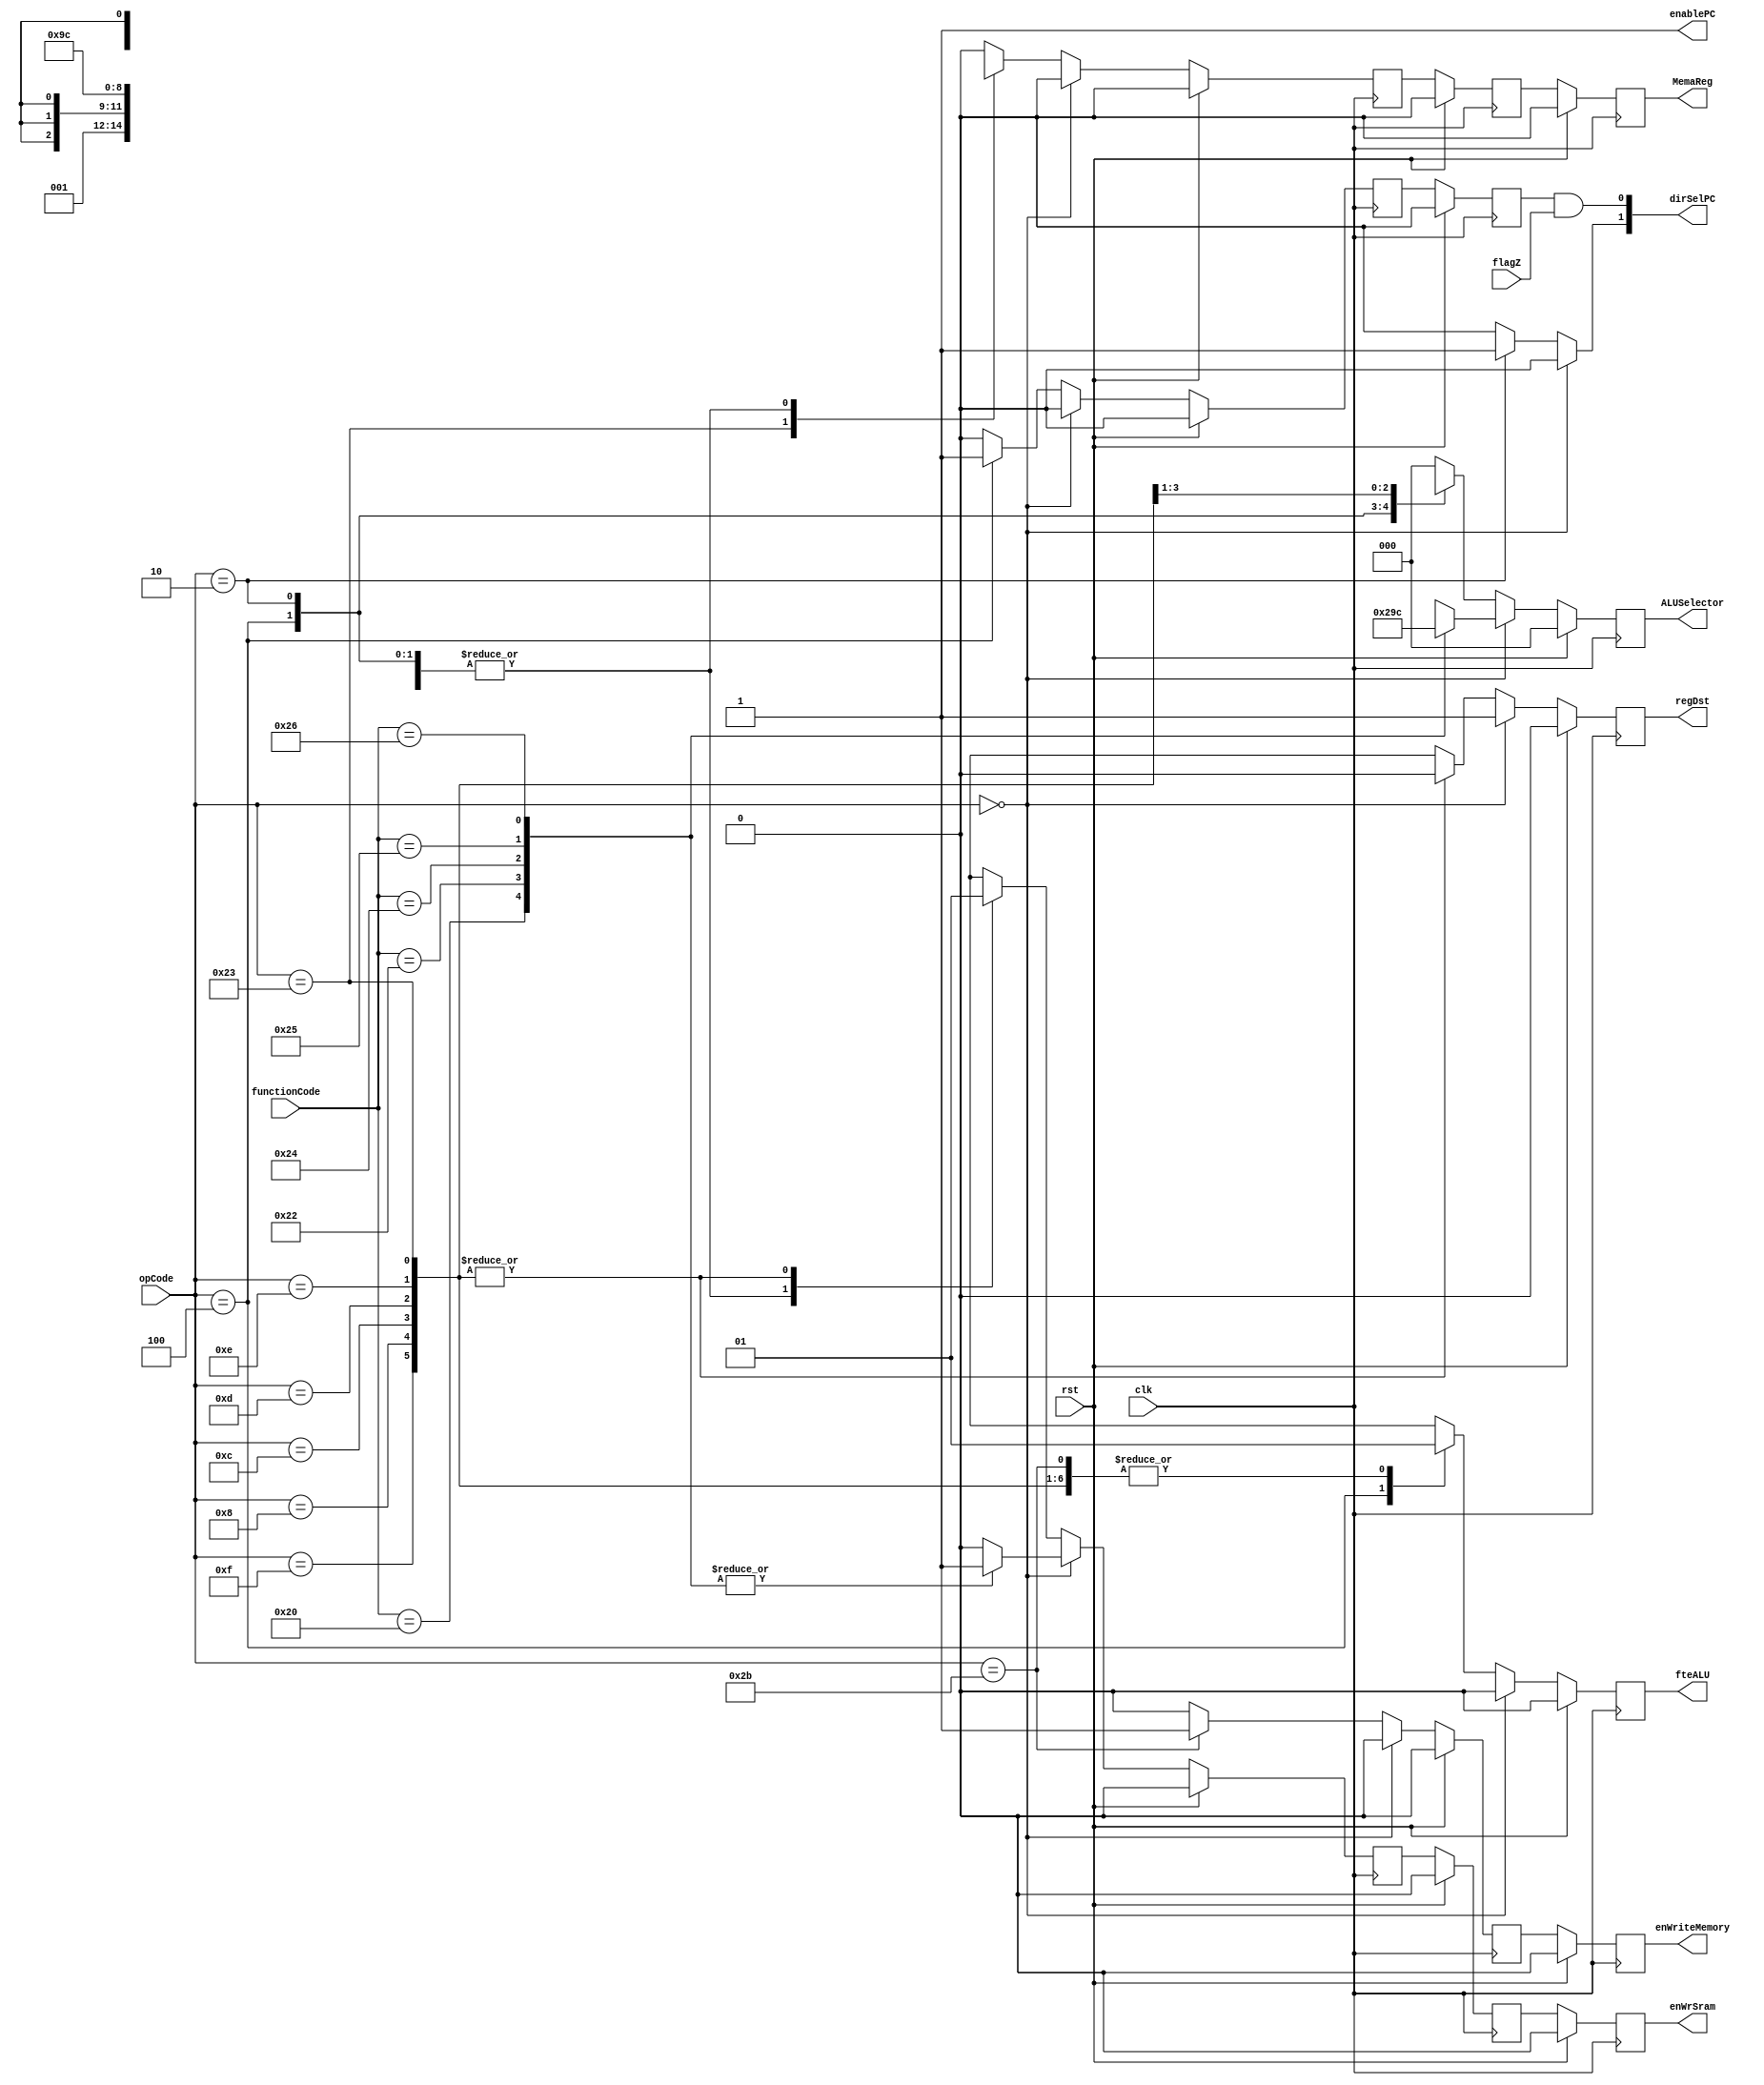
// Wilfer Daniel Ciro Maya - 2023

module control_path(opCode, functionCode, MemaReg, enWrSram, ALUSelector, enWriteMemory, enablePC, fteALU, clk, rst, regDst, flagZ, dirSelPC);
	// parameters definitions
	parameter BUS_SIZE = 32;
	parameter DIR_SIZE = 32;
	parameter OPC_SIZE = BUS_SIZE;
	
	// Inputs definitions
	input [6 - 1 : 0] opCode;
	input [6 - 1 : 0] functionCode;
	input clk;
	input rst;
	input flagZ;
	
	
	// Outputs definitions
	output reg MemaReg;
	output reg enWrSram;
	output reg [2 : 0] ALUSelector;
	output reg fteALU;
	output reg enWriteMemory;
	output reg enablePC;
	output reg regDst;
	output [1:0] dirSelPC;	
	
	reg branch_src;
	reg branch_A;
	reg branch_B;
	reg jump;
	
	
	// Registers for pipeline
	reg regDst_src;
	reg [2 : 0] ALUSelector_src;
	reg fteALU_src;
	
	reg enWriteMemory_src; 
	reg enWriteMemory_A;
	
	reg MemaReg_src;
	reg MemaReg_A;
	reg MemaReg_B;
	
	reg enWrSram_src;
	reg enWrSram_A;
	reg enWrSram_B;
	
	always @(posedge clk) begin
	   if (rst) begin
	       regDst = 1'b0;
	       ALUSelector = 3'b000;
	       fteALU = 1'b0;
	       branch_A <= 1'b0;
	       branch_B <= 1'b0;
	       
	       enWriteMemory_A <= 1'b0;
	       enWriteMemory <= 1'b0;
	       
	       MemaReg_A <= 1'b0;
	       MemaReg_B <= 1'b0;
	       MemaReg <= 1'b0;
	       
	       enWrSram <= 1'b0;
	       enWrSram_A <= 1'b0;
	       enWrSram_B <= 1'b0;
	   end else begin
	       regDst = regDst_src;
	       fteALU = fteALU_src;
	       ALUSelector = ALUSelector_src;
	       branch_A <= branch_src;
	       branch_B <= branch_A;
	       
	       enWriteMemory_A <= enWriteMemory_src;
	       enWriteMemory <= enWriteMemory_A;
	       	       
	       MemaReg_A <= MemaReg_src;
	       MemaReg_B <= MemaReg_A;
	       MemaReg <= MemaReg_B;
	       
	       enWrSram_A <= enWrSram_src;
	       enWrSram_B <= enWrSram_A;
	       enWrSram <= enWrSram_B;
	   end
	end
	
	assign dirSelPC = {jump, branch_B & flagZ};
	
	always @(opCode, functionCode)
	begin
		MemaReg_src = 1'b0;
		enWrSram_src = 1'b0;
		ALUSelector_src = 3'b000;
		enWriteMemory_src = 1'b0;
		
		branch_src = 1'b0;
		jump = 1'b0;
		
		enablePC = 1'b1;
		fteALU_src = 1'b0;
		regDst_src = 1'b0;		
		
		if (opCode == 6'b0) begin
			regDst_src = 1'b1;
			case (functionCode)
				6'b100000: begin // ADD 
					ALUSelector_src = 3'b000;
                    enWrSram_src = 1'b1;
                end
				6'b100010: begin // SUB
					ALUSelector_src = 3'b001;
                    enWrSram_src = 1'b1;
                end
				6'b100100: begin// AND
					ALUSelector_src = 3'b010;
                    enWrSram_src = 1'b1;
                end
				6'b100101: begin// OR
					ALUSelector_src = 3'b011;
                    enWrSram_src = 1'b1;
                end
				6'b100110: begin// XOR
					ALUSelector_src = 3'b100;
                    enWrSram_src = 1'b1;
                end
				6'b000000: begin// Other
					ALUSelector_src = 3'bxxx;
			     end
				default: begin
					ALUSelector_src = 3'bxxx;
					enWrSram_src = 1'b0;
                end
			endcase
		end
		else begin
			case(opCode)
				6'b100011: begin // lw 35
					enWrSram_src = 1'b1;	
					fteALU_src = 1'b1;
					MemaReg_src = 1'b1;
				end
				6'b101011: begin // sw 43
					fteALU_src = 1'b1;
					enWriteMemory_src = 1'b1;
					
					regDst_src = 1'bx;
					MemaReg_src = 1'bx;
				end
				6'b000100: begin // beq		4			
					branch_src = 1'b1;
					ALUSelector_src = 3'b001;
					
					regDst_src = 1'bx;	
					MemaReg_src = 1'bx;
				end
				6'b000010: begin // jump 2
					jump = 1'b1;
					regDst_src = 1'bx;
					fteALU_src = 1'bx;
					branch_src = 1'b0;	
					MemaReg_src = 1'bx;
					ALUSelector_src = 3'bxxx;
				end
				6'b001111: begin // LUI 15
					regDst_src = 1'b0;
					fteALU_src = 1'b1;
					enWrSram_src = 1'b1;
				end
				6'b001000: begin // ADDI 8
				    fteALU_src = 1'b1;
					ALUSelector_src = 3'b000;
					enWrSram_src = 1'b1;
					regDst_src = 1'b0;
				end
				6'b001100: begin // ANDI 12
				    fteALU_src = 1'b1;
					ALUSelector_src = 3'b010;	
					enWrSram_src = 1'b1;
					regDst_src = 1'b0;
				end
				6'b001101: begin // ORI 13
				    fteALU_src = 1'b1;
					ALUSelector_src = 3'b011;
					enWrSram_src = 1'b1;
					regDst_src = 1'b0; 
				end
				6'b001110: begin // XORI
				    fteALU_src = 1'b1;
					ALUSelector_src = 3'b100;	
					enWrSram_src = 1'b1;
					regDst_src = 1'b0;
				end
				default: begin
					enWrSram_src = 1'bx;
					regDst_src = 1'bx;
					fteALU_src = 1'bx;
				end
			endcase
		end
	end
	
endmodule